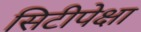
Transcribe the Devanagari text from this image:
सिटीपेक्षा